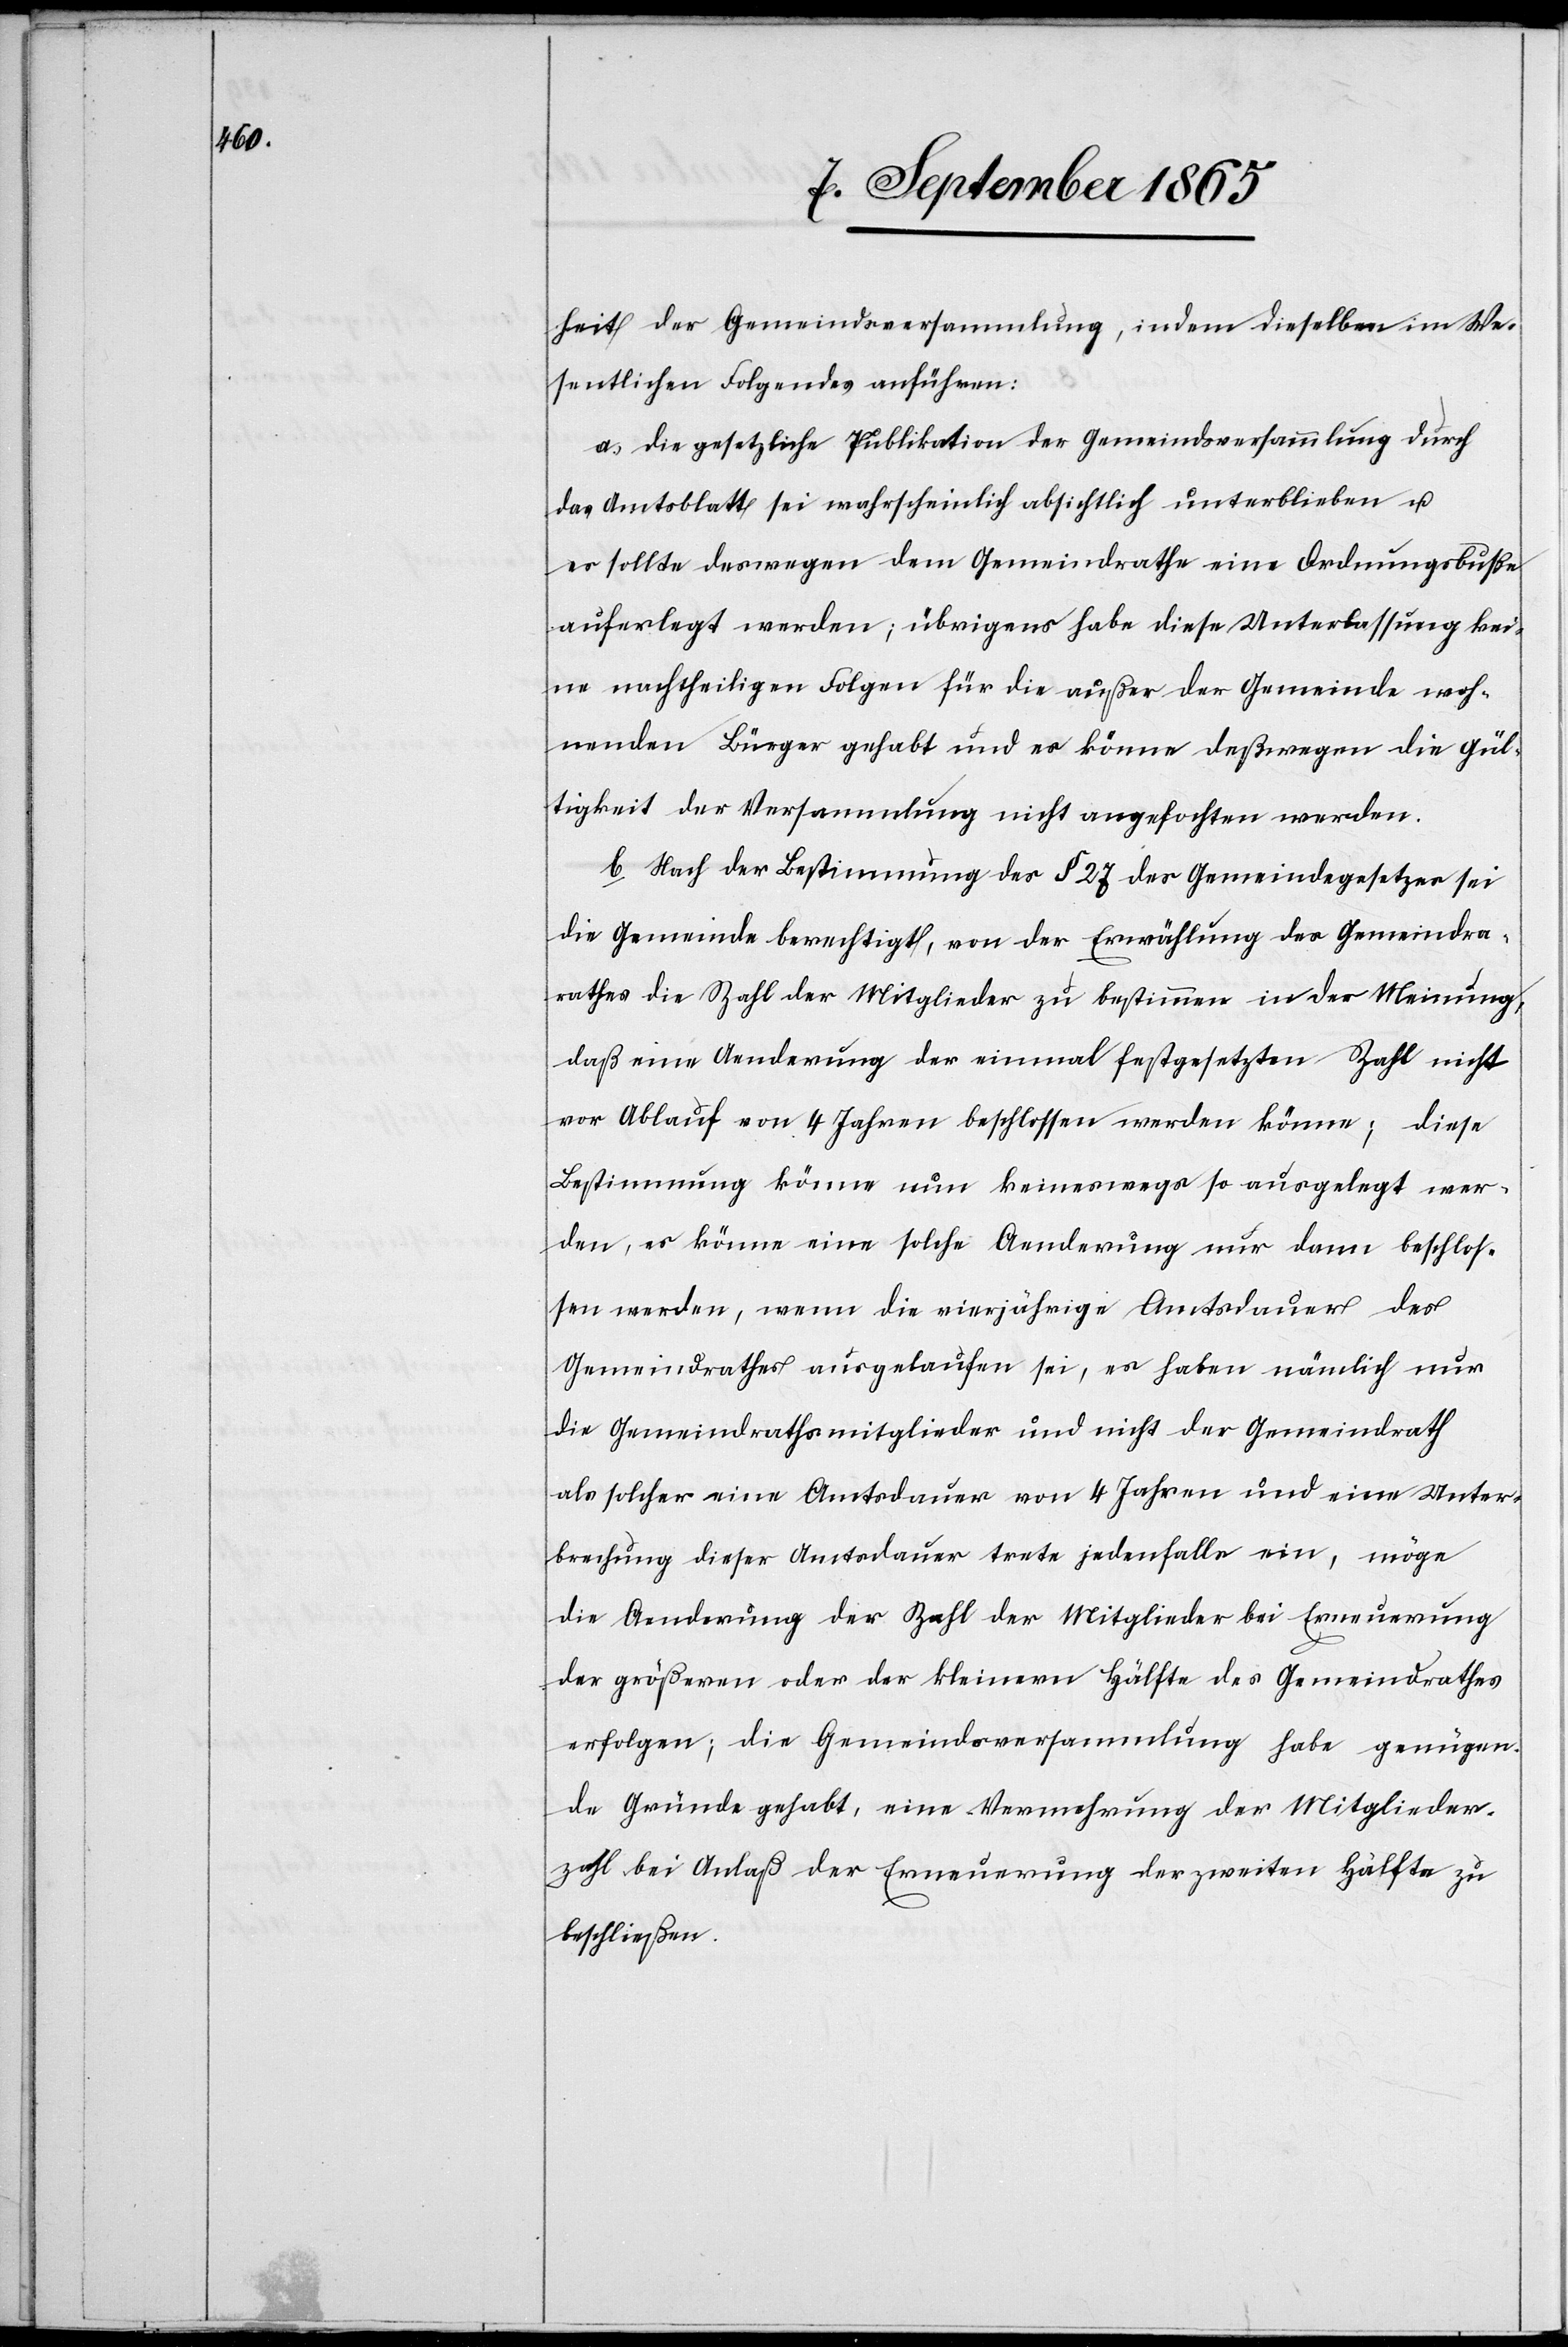
heit der Gemeindsversammlung, indem dieselben im We¬
sentlichen Folgendes anführen:
a. Die gesetzliche Publikation der Gemeindsversammlung durch
das Amtsblatt sei wahrscheinlich absichtlich unterblieben u.
es sollte deswegen dem Gemeindrathe eine Ordnungsbuße
auferlegt werden; übrigens habe diese Unterlassung kei¬
ne nachtheiligen Folgen für die außer der Gemeinde woh¬
nenden Bürger gehabt und es könne deßwegen die Gül¬
tigkeit der Versammlung nicht angefochten werden.
b. Nach der Bestimmung des § 27 des Gemeindegesetzes sei
die Gemeinde berechtigt, von der Erwählung des Gemeind¬
rathes die Zahl der Mitglieder zu bestimmen in der Meinung,
daß eine Aenderung des einmal festgesetzten Zahl nicht
vor Ablauf von 4 Jahren beschlossen werden könne; diese
Bestimmung könne nun keineswegs so ausgelegt wer¬
den, es könne eine solche Aenderung nur dann beschlos¬
sen werden, wenn die vierjährige Amtsdauer des
Gemeindrathes ausgelaufen sei, es haben nämlich nur
die Gemeindrathsmitglieder und nicht der Gemeindrath
als solcher eine Amtsdauer von 4 Jahren und eine Unter¬
brechung dieser Amtsdauer trete jedenfalls ein, möge
die Aenderung der Zahl der Mitglieder bei Erneuerung
der größeren oder der kleinern Hälfte des Gemeindrathes
erfolgen; die Gemeindsversammlung habe genügen¬
de Gründe gehabt, eine Vermehrung der Mitglieder¬
zahl bei Anlaß der Erneuerung der zweiten Hälfte zu
beschließen.